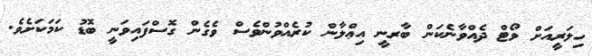
ހިލަރީއަށް ވޯޓް ދެއްވާނެކަން ބާރނީ އިޢްލާން ކުރެއްވުންވެސް ވެގެން ގޮސްފައިވަނީ ބޮޑު ކަމަކަށެވެ.